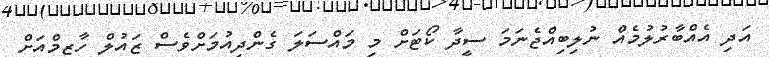
އަދި އެއްބާރުލުމެއް ނުލިބިއްޖެނަމަ ސީދާ ކޯޓަށް މި މައްސަލަ ގެންދިއުމަށްވެސް ޒައުލް ހާޒިމްއަށް